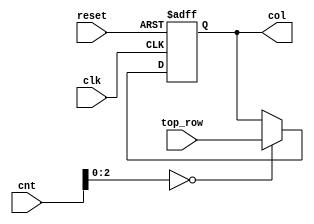
module life_col #
(
	parameter X=3'd8,
	parameter Y=3'd8,
	parameter LOG2X=3,
	parameter LOG2Y=3
) (
	input clk,
	input reset,
	input [(X-1):0]top_row,
	input [(LOG2X+LOG2Y-1):0]cnt,
	output reg [Y-1:0]col
);

always @(posedge clk, negedge reset)
begin
	if (~reset)
		col <= {Y{1'b0}};
	else if (cnt[LOG2X-1:0] == {LOG2X{1'b0}})
		col <= top_row;
end

endmodule